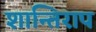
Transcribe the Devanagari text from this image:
शान्तिराप